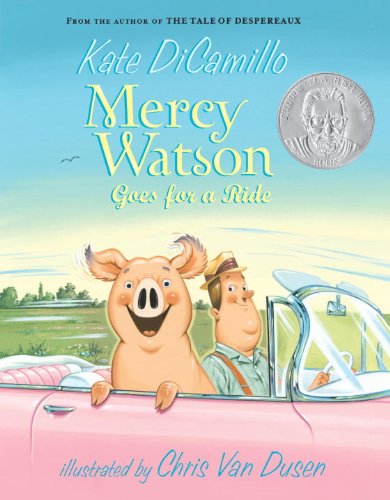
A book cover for Mercy Watson Goes for a Ride; Kate DiCamillo; Children's Books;